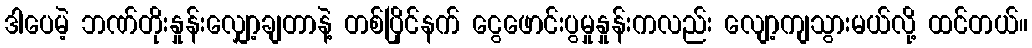
ဒါပေမဲ့ ဘဏ်တိုးနှုန်းလျှော့ချတာနဲ့ တစ်ပြိုင်နက် ငွေဖောင်းပွမှုနှုန်းကလည်း လျော့ကျသွားမယ်လို့ ထင်တယ်။